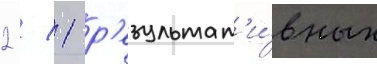
2 / 1 р'езультат'и́вных